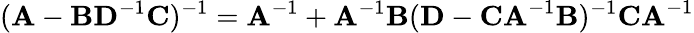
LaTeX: (\mathbf{A}-\mathbf{BD}^{-1}\mathbf{C})^{-1}=\mathbf{A}^{-1}+\mathbf{A}^{-1}\mathbf{B}(\mathbf{D}-\mathbf{CA}^{-1}\mathbf{B})^{-1}\mathbf{CA}^{-1}